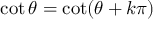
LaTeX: \quad \cot \theta = \cot ( \theta + k \pi )